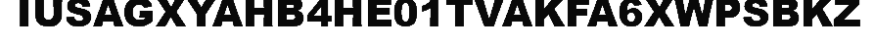
IUSAGXYAHB4HE01TVAKFA6XWPSBKZ